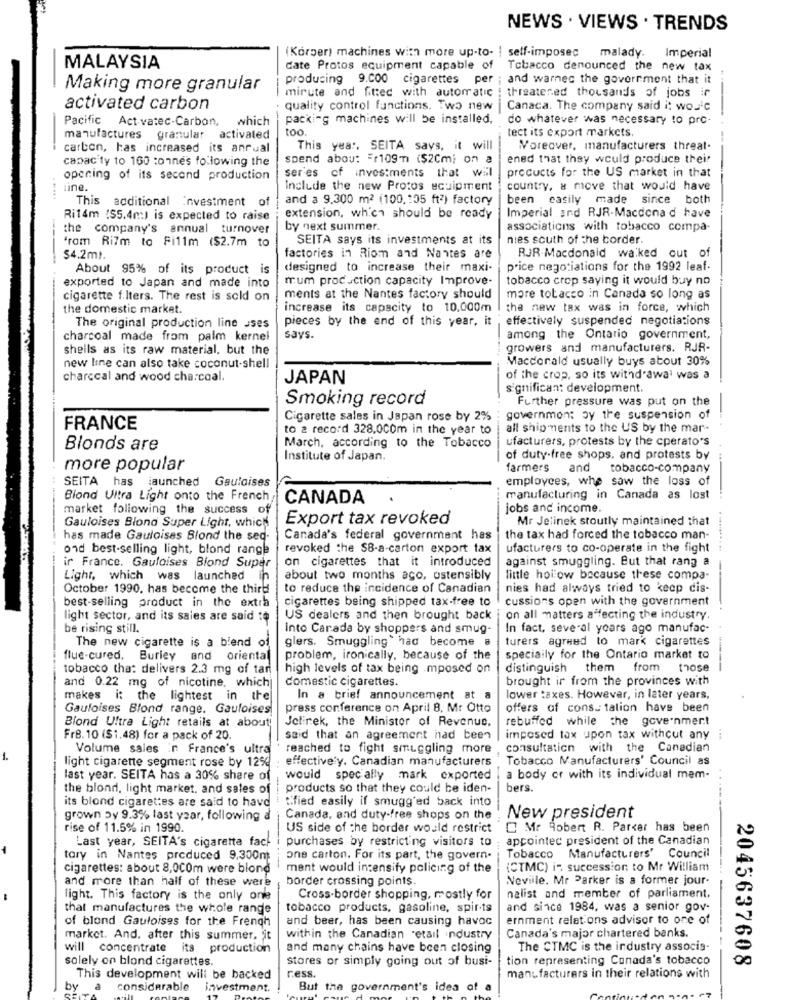
NEWS . VIEWS . TRENDS
(Korper) machines with more up-to- | self-imposed
malady.
Imperial
MALAYSIA
date Protos equipment capable of
Tobacco denounced the new tax
producing 9.000 cigarettes per
; and warnec the government that it
Making more granular
mirute and fitted with automatic
threatened thousands of jobs ir
activated carbon
quality control functions. Two new
Canaca. The company said i: wo.c
Pacific Act vatec-Carbon,
which
packing machines will be installed,
do whatever was necessary to pro-
100 .
tect its export markets.
manufactures granular activated
carbon, has increased its anrual
This year. SEITA says, it will
Moreover, manufacturers threat-
capacity to 100 tonnes following the
spend abou: = r109m) ($2Cm; on a
ened that they would produce their
opening of its second production
ser'es of investments that will
products for the US market in that
line.
Include the new Protos sculpment
country, & move that would have
This additional Investment of
and a 9,300 m2 (100.105 ft2) factory
been easily made since both
Ri14m (S5.4m) is expected to raise
extension, which should be ready
Imperial and RJR-Macdona d have
the company's annual turnover
by next summer.
associations with tobacco compa-
'rom Ri7m to Fi11m ($2.7m to
SEITA says its investments at its
nies south of the border.
$4.2ml.
factories in Riom and Nantes are
RJR-Macdonald walked out of
About 95% of its product is
designed to increase their maxi-
price negotiations for the 1992 leaf.
exported to Japan and made into
mum production capacity Improve-
tobacco crop saying it would buy no
cigarette f.lters. The rest is sold on
ments at the Nantes factory should
mare tobacco in Canada so long as
the domestic market.
increase its capacity to 10,000m
the new tax was in force, which
pieces by the end of this year, it
effectively suspended negotiations
The original production line sses
charcoal made from palm kernel
says.
among the Ontario government,
sheils as its raw material, but the
growers and manufacturers. RJR-
Maccorald usually buys about 30%
new line can also take coconut-shell
charccal and wood charcoal.
JAPAN
of the crop, so its withdrawal was a
significan: development.
Smoking record
Further pressure was put on the
Cigarette sales in Japan rose by 2%
government by the suspension of
FRANCE
to 2 record 328,000m in the year to
all ship ments to the US by the mar-
ufacturers, protests by the cperato's
Blonds are
March, according to the Tobacco
Institute of Japan.
of duty-free shops. and protests by
more popular
farmers
and
tobacco-company
SEITA has launched Gauloises
employees, whe saw the loss of
Blond Ultra Light onto the French
CANADA
manufacturing in Canada as lost
market following the success of
jobs and income.
Export tax revoked
Mr Jelinek stoutly maintained that
Gauloises Blond Super Light, which
has made Gauloises Blond the sed-
Canada's federal government has
the tax had forced the tobacco man-
ond best-selling light, blond range
revoked the SB-a-carton export tax
ufacturers to co-operate in the fight
ir France. Gauloises Blond Super
on cigarettes that it introduced
against smuggling. But that rang a
Light, which was launched in
about two months ago, ostensibly
little hollow because these compa-
October 1990, has become the third
to reduce the incidence of Canadian
nies had always tried to keep dis-
best-selling product in the extra
cigarettes being shipped tax-free to
cussions open with the government
light sector, and its sales are said :$
US dealers and then brought back
on all matters affecting the industry.
be rising still.
Into Carada by shoppers and smug-
In fact, several years ago manufac-
The new cigarette is a blend of
g` had become a
turers agreed to mark cigarettes
glers. Smuggling
flue-cured, Burley and oriental
problem, ironically, because of the
speciaily for the Ontario market to
tobacco that delivers 2.3 mg of tar
high levels of tax being .mposed on
distinguish them from those
and 0.22 mg of nicotine, which
domestic cigarettes.
brought ir from the provinces with
makes i: the lightest in the
In a brief announcement at a
lower taxes. However, in later years,
Gauloises Blond range. Gaufoises
press conference on April 8, Mr Otto
offers of cons. talion have been
Blond Ultra Light retails at about!
Jelinek, the Minister of Revenue.
rebuffed while the government
Fr8. 10 ($1.48) for a pack of 20.
said that an agreement had been
imposed tax upon tax withcut any
Volume sales in France's ultra
reached to fight smuggling more
consultation with the Canadian
1.
light cigarette segment rose by 12%
effective'y. Canadian manufacturers
Tobacco Manufacturers' Council as
last year. SEITA has a 30% share of
would specially mark exported
a body or with its individual mem-
the blond, light market, and sales of
products so that they could be iden-
bers.
its blond cigarettes are said to have
tified easily if smugg'ed back into
grown Dy 9.3% last year, following a
Canada, and duty-free shops on the
New president
rise of 11.5% in 1990.
US side of the border would restrict
Mr Robert R. Parker has been
Last year, SEITA's cigaretta fack i
purchases by restricting visitors to
appointed president of the Canadian
tary in Nantes produced 9.300m
one carton. For its part, the govern.
Tobacco Manufacturers' Council
cigarettes: about 8,000m were blond
ment would intensify policing of the
(CTMC) in succession to Mr William
border crossing points
Neville. Mr Parker is a former jour-
and more than half of these were
light. This factory is the only one
Cross-border shopping, mostly for
nalist and member of parliament.
that manufactures the whole range
tobacco products, gasoline, spir-ts
and since 1984, was a senior gov-
of blond Gauloises for the French
and beer, has been causing havoc
ernment relations advisor to one of
market. And. after this summer, it
within the Canadian retail industry
Canada's major chartered banks.
will concentrate its production
and many chains have been closing
The CTMC is the industry associs-
solely on blond cigarettes.
stores or simply going out of busi-
tion representing Conada's tobacco
2045637608
ress.
This development will be backed
manufacturers in their relations with
by
a
considerable
investment.
But the government's idea